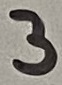
Text: 3